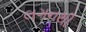
લગનથી